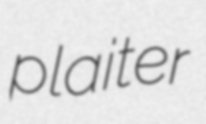
plaiter